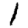
Digit: 1